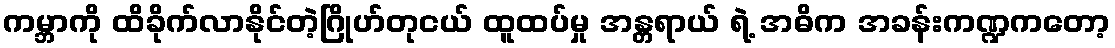
ကမ္ဘာကို ထိခိုက်လာနိုင်တဲ့ဂြိုဟ်တုငယ် ထူထပ်မှု အန္တရာယ် ရဲ့ အဓိက အခန်းကဏ္ဍကတော့